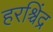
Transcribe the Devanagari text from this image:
हरश्चिंद्र